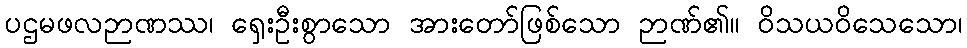
ပဌမဖလဉာဏဿ၊ ရှေးဦးစွာသော အားတော်ဖြစ်သော ဉာဏ်၏။ ဝိသယဝိသေသော၊